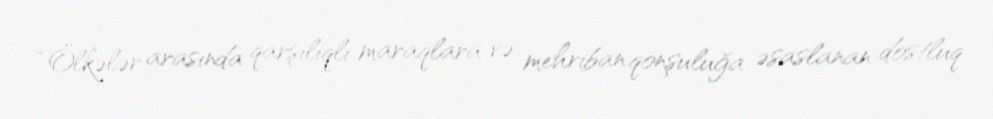
“Ölkələr arasında qarşılıqlı maraqlara və mehriban qonşuluğa əsaslanan dostluq